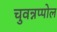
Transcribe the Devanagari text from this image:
चुवन्नप्पोल